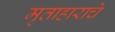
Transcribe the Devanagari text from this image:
मृताहाराचे